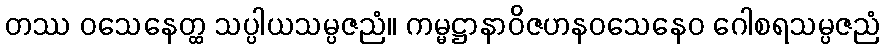
တဿ ဝသေနေတ္ထ သပ္ပါယသမ္ပဇညံ။ ကမ္မဋ္ဌာနာဝိဇဟနဝသေနေဝ ဂေါစရသမ္ပဇညံ